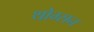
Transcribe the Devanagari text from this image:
थोम्सन